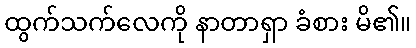
ထွက်သက်လေကို နာတာရှာ ခံစား မိ၏။